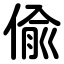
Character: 偸